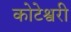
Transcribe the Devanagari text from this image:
कोटेश्वरी